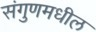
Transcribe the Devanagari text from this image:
संगुणमधील